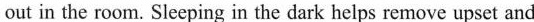
out in the room. Sleeping in the dark helps remove upset and